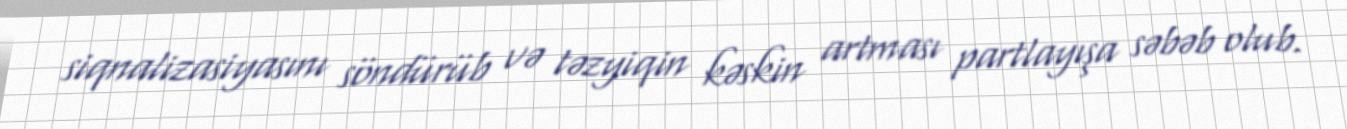
siqnalizasiyasını söndürüb və təzyiqin kəskin artması partlayışa səbəb olub.